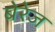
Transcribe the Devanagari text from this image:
बेरेज